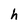
Character: h